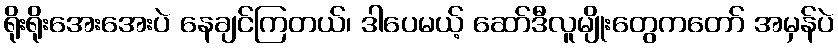
ရိုးရိုးအေးအေးပဲ နေချင်ကြတယ်၊ ဒါပေမယ့် ဆော်ဒီလူမျိုးတွေကတော် အမှန်ပဲ